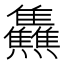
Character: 𤓬